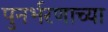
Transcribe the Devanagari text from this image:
पुनर्भरणाच्या